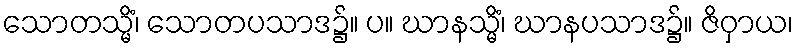
သောတသ္မိံ၊ သောတပသာဒ၌။ ပ။ ဃာနသ္မိံ၊ ဃာနပသာဒ၌။ ဇိဝှာယ၊